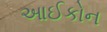
આઈકોન